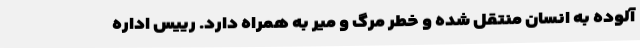
آلوده به انسان منتقل شده و خطر مرگ و میر به همراه دارد. رییس اداره